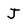
Character: J